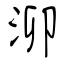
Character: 泖